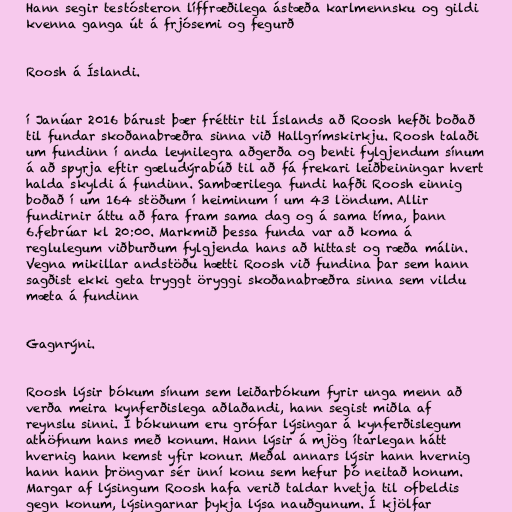
Hann segir testósteron líffræðilega ástæða karlmennsku og gildi
kvenna ganga út á frjósemi og fegurð

Roosh á Íslandi.

í Janúar 2016 bárust þær fréttir til Íslands að Roosh hefði boðað
til fundar skoðanabræðra sinna við Hallgrímskirkju. Roosh talaði
um fundinn í anda leynilegra aðgerða og benti fylgjendum sínum
á að spyrja eftir gæludýrabúð til að fá frekari leiðbeiningar hvert
halda skyldi á fundinn. Sambærilega fundi hafði Roosh einnig
boðað í um 164 stöðum í heiminum í um 43 löndum. Allir
fundirnir áttu að fara fram sama dag og á sama tíma, þann
6.febrúar kl 20:00. Markmið þessa funda var að koma á
reglulegum viðburðum fylgjenda hans að hittast og ræða málin.
Vegna mikillar andstöðu hætti Roosh við fundina þar sem hann
sagðist ekki geta tryggt öryggi skoðanabræðra sinna sem vildu
mæta á fundinn

Gagnrýni.

Roosh lýsir bókum sínum sem leiðarbókum fyrir unga menn að
verða meira kynferðislega aðlaðandi, hann segist miðla af
reynslu sinni. Í bókunum eru grófar lýsingar á kynferðislegum
athöfnum hans með konum. Hann lýsir á mjög ítarlegan hátt
hvernig hann kemst yfir konur. Meðal annars lýsir hann hvernig
hann hann þröngvar sér inní konu sem hefur þó neitað honum.
Margar af lýsingum Roosh hafa verið taldar hvetja til ofbeldis
gegn konum, lýsingarnar þykja lýsa nauðgunum. Í kjölfar